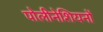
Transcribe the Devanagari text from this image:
पोलीनेशियनों